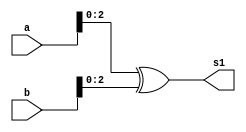
// -------------------------
// Exemplo0021 - FULL ADDER 
// Nome: Silvino Henrique Santos de Souza
// ------------------------- 

// ------------------------- 
// full adder 
// ------------------------- 


// descrever por portas 

module xorGate (output [2:0] s1,
					 input [5:0] a,
					 input [5:0] b);
assign s1 = (a ^ b);
endmodule // xorGate

module andGate (output [2:0] s2,
					 input [5:0] a,
					 input [5:0] b);
assign s2 = (a & b);
endmodule // andGate

module test_fullAdder; 
// ------------------------- definir dados 
	reg [5:0] a; 
	reg [5:0] b; 
	wire [2:0] soma; 
	wire [2:0] carry;
	xorGate bonanza (soma, a, b);
	andGate danubio (carry, a, b);

// ------------------------- parte principal 
initial begin 
	$display("Exemplo0021 - Silvino Henrique Santos de Souza - 412773"); 
	$display("Test ALU's full adder"); 

// projetar testes do somador complete 
	a = 6'b000000; b = 6'b000001;
	$display("\n%b + %b = %b%b", a, b, carry, soma);

end 

endmodule // test_fullAdder